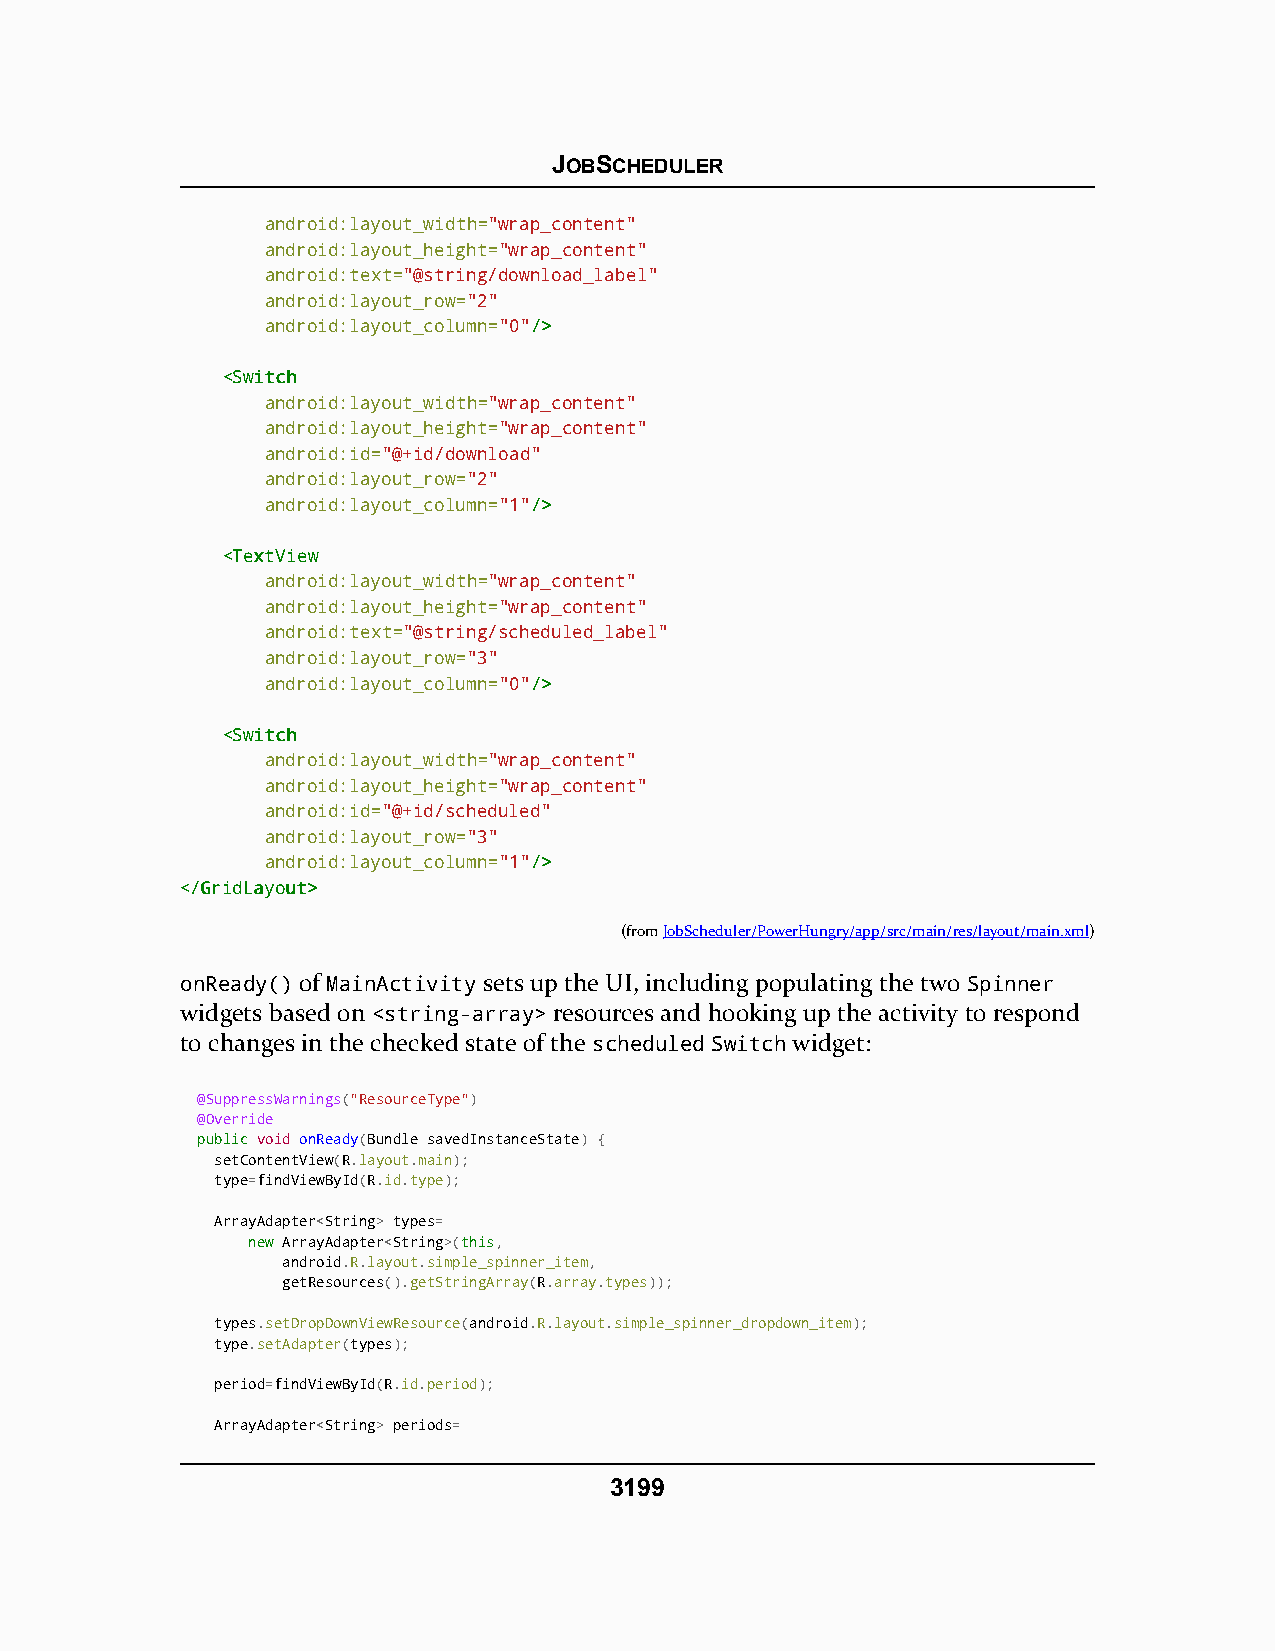
JOBSCHEDULER
 android:layout_width="wrap_content"
 android:layout_height="wrap_content"
 android:text="@string/download_label"
 android:layout_row="2"
 android:layout_column="0"//>>
 <<SSwwiittcchh
 android:layout_width="wrap_content"
 android:layout_height="wrap_content"
 android:id="@+id/download"
 android:layout_row="2"
 android:layout_column="1"//>>
 <<TTeexxttVViieeww
 android:layout_width="wrap_content"
 android:layout_height="wrap_content"
 android:text="@string/scheduled_label"
 android:layout_row="3"
 android:layout_column="0"//>>
 <<SSwwiittcchh
 android:layout_width="wrap_content"
 android:layout_height="wrap_content"
 android:id="@+id/scheduled"
 android:layout_row="3"
 android:layout_column="1"//>>
 <<//GGrriiddLLaayyoouutt>>
 (fromJobScheduler/PowerHungry/app/src/main/res/layout/main.xml)
 onReady() of MainActivity sets up the UI, including populating the two Spinner
 widgets based on <string-array> resources and hooking up the activity to respond
 to changes in the checked state of the scheduled Switch widget:
 @SuppressWarnings("ResourceType")
 @Override
 ppuubblliicc void onReady(Bundle savedInstanceState) {
 setContentView(R.layout.main);
 type=findViewById(R.id.type);
 ArrayAdapter<String> types=
 nneeww ArrayAdapter<String>(tthhiiss,
 android.R.layout.simple_spinner_item,
 getResources().getStringArray(R.array.types));
 types.setDropDownViewResource(android.R.layout.simple_spinner_dropdown_item);
 type.setAdapter(types);
 period=findViewById(R.id.period);
 ArrayAdapter<String> periods=
 3199